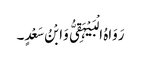
رَوَاہُ الْبَیْہَقِیُّ وَابْنُ سَعْدٍ۔